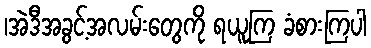
၊အဲဒီအခွင့်အလမ်းတွေကို ရယူကြ ခံစားကြပါ